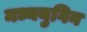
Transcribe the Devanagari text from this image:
मध्ययुगिन